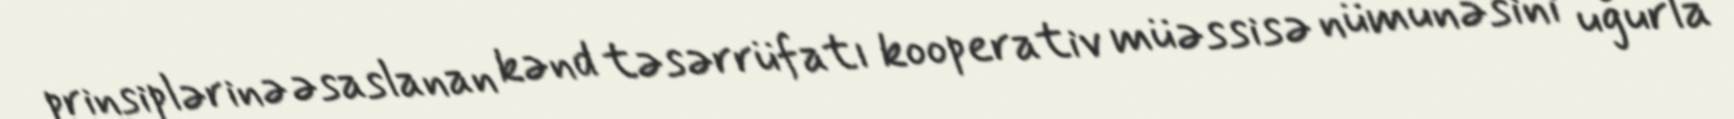
prinsiplərinə əsaslanan kənd təsərrüfatı kooperativ müəssisə nümunəsini uğurla